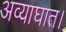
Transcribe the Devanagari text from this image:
अव्याघात।